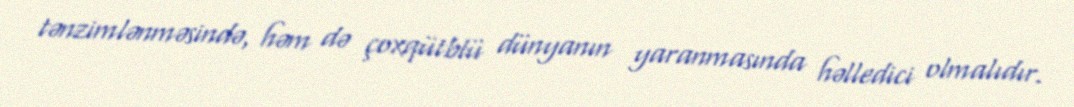
tənzimlənməsində, həm də çoxqütblü dünyanın yaranmasında həlledici olmalıdır.